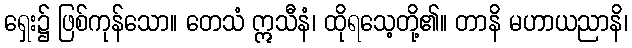
ရှေး၌ ဖြစ်ကုန်သော။ တေသံ ဣသီနံ၊ ထိုရသေ့တို့၏။ တာနိ မဟာယညာနိ၊